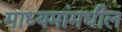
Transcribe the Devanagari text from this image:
माध्यमांमधील